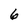
Character: 6